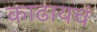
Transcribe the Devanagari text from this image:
काढायचं